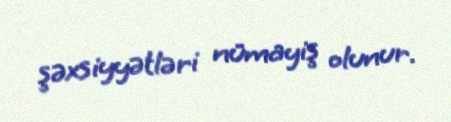
şəxsiyyətləri nümayiş olunur.